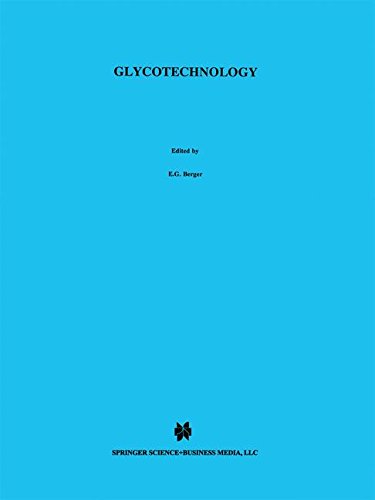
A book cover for Glycotechnology; Medical Books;